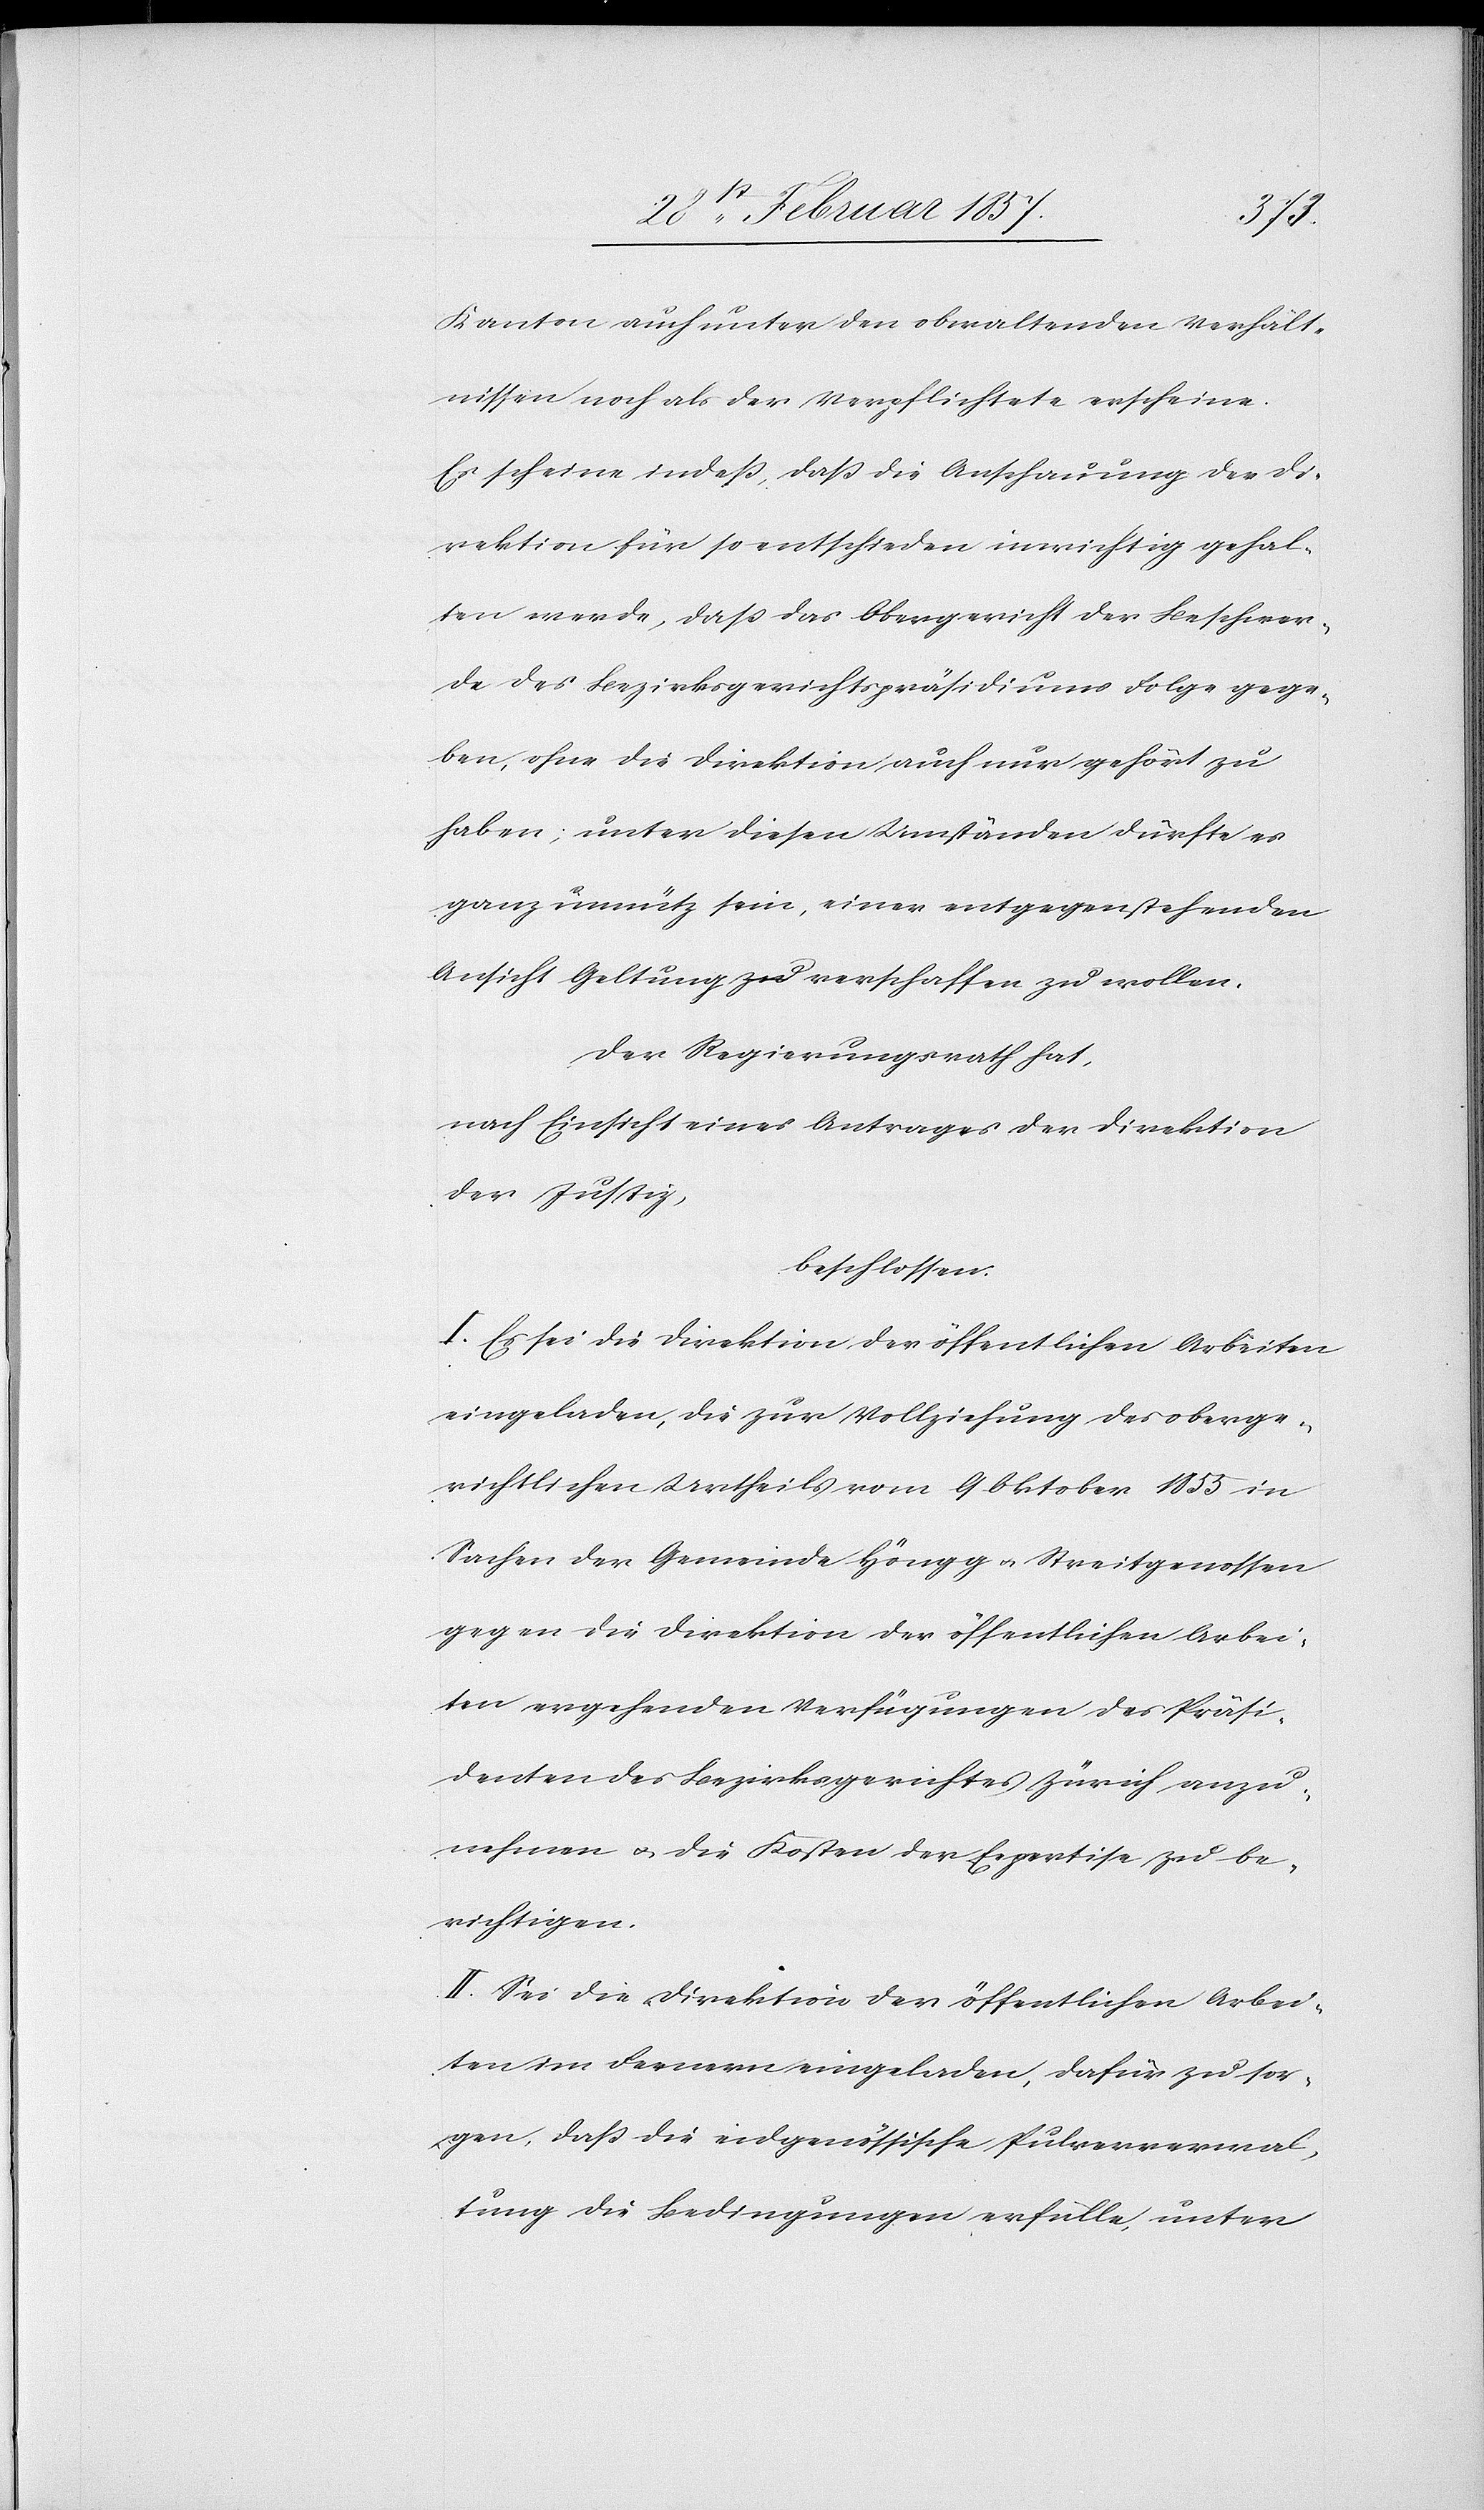
Kanton auch unter den obwaltenden Verhält¬
nissen noch als der Verpflichtete erscheine.
Es scheine indeß, daß die Anschauung der Di¬
rektion für so entschieden unwichtig gehal¬
ten werde, daß das Obergericht der Beschwer¬
de des Bezirksgerichtspräsidiums Folge gege¬
ben, ohne die Direktion auch nur gehört zu
haben; unter diesen Umständen dürfte es
ganz unnütz sein, einer entgegenstehenden
Ansicht Geltung zu verschaffen zu wollen.
Der Regierungsrath hat,
nach Einsicht eines Antrages der Direktion
der Justiz,
beschlossen:
I. Es sei die Direktion der öffentlichen Arbeiten
eingeladen, die zur Vollziehung des oberge¬
richtlichen Urtheils vom 9 Oktober 1855 in
Sachen der Gemeinde Höngg u. Streitgenossen
gegen die Direktion der öffentlichen Arbei¬
ten ergehenden Verfügungen des Präsi¬
denten des Bezirksgerichtes Zürich anzu¬
nehmen u. die Kosten der Expertise zu be¬
richtigen.
II. Sei die Direktion der öffentlichen Arbei¬
ten im Fernern eingeladen, dafür zu sor¬
gen, daß die eidgenössische Pulververwal¬
tung die Bedingungen erfülle, unter